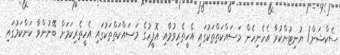
ސެކްޝަން/ ޔުނިޓުންކުރާ އެހެނިހެން މަސައްކަތްތަކުގައި އެހީތެރިވުމާއި އޮފީހުގެ މަސައްކަތްތަކުގައި އެހީތެރިކަމަށް ބޭނުންވާ ކަންކަމުގައި